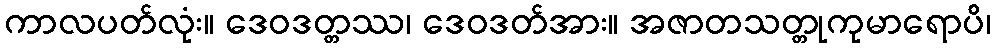
ကာလပတ်လုံး။ ဒေဝဒတ္တဿ၊ ဒေဝဒတ်အား။ အဇာတသတ္တုကုမာရောပိ၊